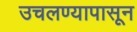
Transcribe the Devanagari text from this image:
उचलण्यापासून